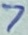
Text: 7